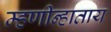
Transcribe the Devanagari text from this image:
म्हणीन्हाताय